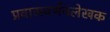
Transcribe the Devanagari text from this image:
प्रवासवर्णनलेखक